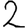
Digit: 2